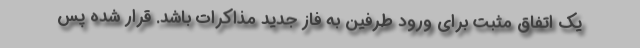
یک اتفاق مثبت برای ورود طرفین به فاز جدید مذاکرات باشد. قرار شده پس